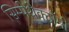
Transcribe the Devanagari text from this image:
सिम्पेथेक्टॉमी